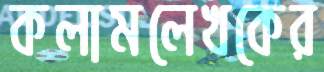
কলামলেখকের